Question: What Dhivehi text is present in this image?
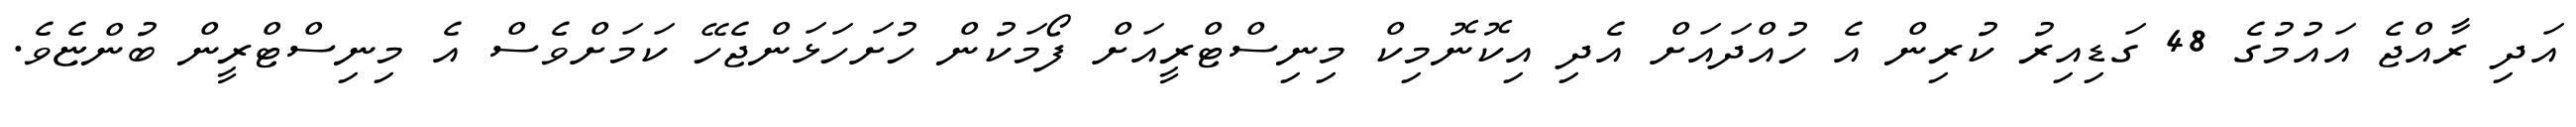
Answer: އަދި ރާއްޖެ އައުމުގެ 48 ގަޑިއިރު ކުރިން އެ ހުއްދައަށް އެދި އިކޮނޮމިކް މިނިސްޓްރީއަށް ފޯމަކުން ހުށަހަޅަންޖެހޭ ކަމަށްވެސް އެ މިނިސްޓްރީން ބުންޏެވެ.